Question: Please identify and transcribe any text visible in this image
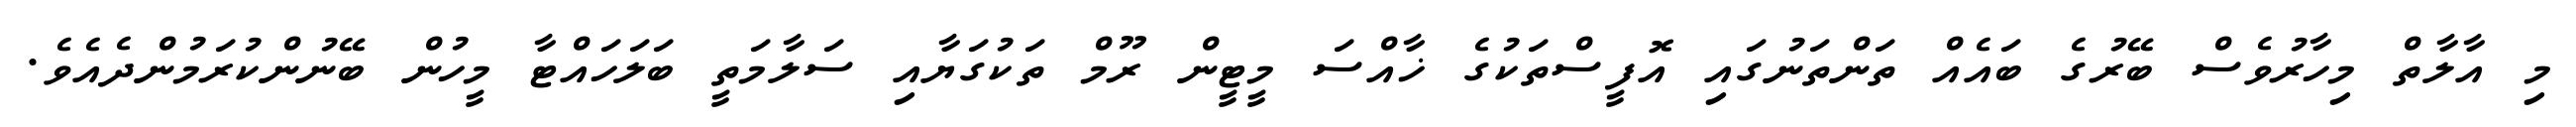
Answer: މި އާލާތް މިހާރުވެސް ބޭރުގެ ބައެއް ތަންތަނުގައި އޮފީސްތަކުގެ ޚާއްސަ މީޓީން ރޫމް ތަކުގަޔާއި ސަލާމަތީ ބަލަހައްޓާ މީހުން ބޭނުންކުރަމުންދެއެވެ.